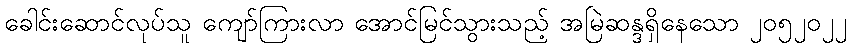
ခေါင်းဆောင်လုပ်သူ ကျော်ကြားလာ အောင်မြင်သွားသည့် အမြဲဆန္ဒရှိနေသော ၂၀၅၂၀၂၂